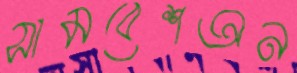
সামবেশঅন